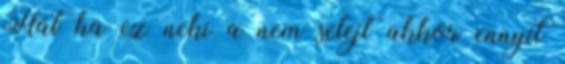
Hát ha ez neki a nem selejt akkor ennyit